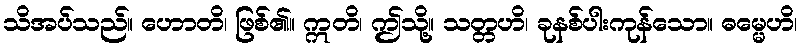
သိအပ်သည်။ ဟောတိ၊ ဖြစ်၏။ ဣတိ၊ ဤသို့။ သတ္တဟိ၊ ခုနစ်ပါးကုန်သော။ ဓမ္မေဟိ၊